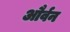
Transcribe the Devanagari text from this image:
और्वन